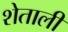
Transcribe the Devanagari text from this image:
शेताली